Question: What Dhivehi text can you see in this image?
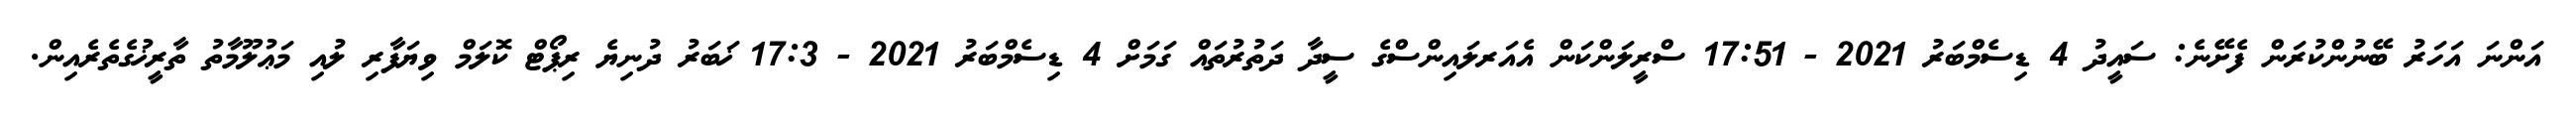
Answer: އަންނަ އަހަރު ބޭނުންކުރަން ފެށޭނެ: ސައީދު 4 ޑިސެމްބަރު 2021 - 17:51 ސްރީލަންކަން އެއަރލައިންސްގެ ސީދާ ދަތުރުތައް ގަމަށް 4 ޑިސެމްބަރު 2021 - 17:3 ޚަބަރު ދުނިޔެ ރިޕޯޓް ކޮލަމް ވިޔަފާރި ލުއި މަޢުލޫމާތު ތާރީޚުގެތެރެއިން.